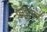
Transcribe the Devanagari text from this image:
फ़ाइरिया